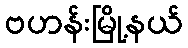
ဗဟန်းမြို့နယ်